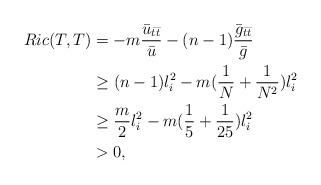
LaTeX: \begin{align*}Ric(T,T)&=-m\frac{\bar{u}_{\bar{t}\bar{t}}}{\bar{u}}-(n-1)\frac{\bar{g}_{\bar{t}\bar{t}}}{\bar{g}}\\ &\ge(n-1)l_i^2-m(\frac1N+\frac1{N^2})l_i^2\\ &\ge\frac m2 l_i^2-m(\frac15+\frac1{25})l_i^2\\ &>0,\end{align*}